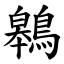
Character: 鷎